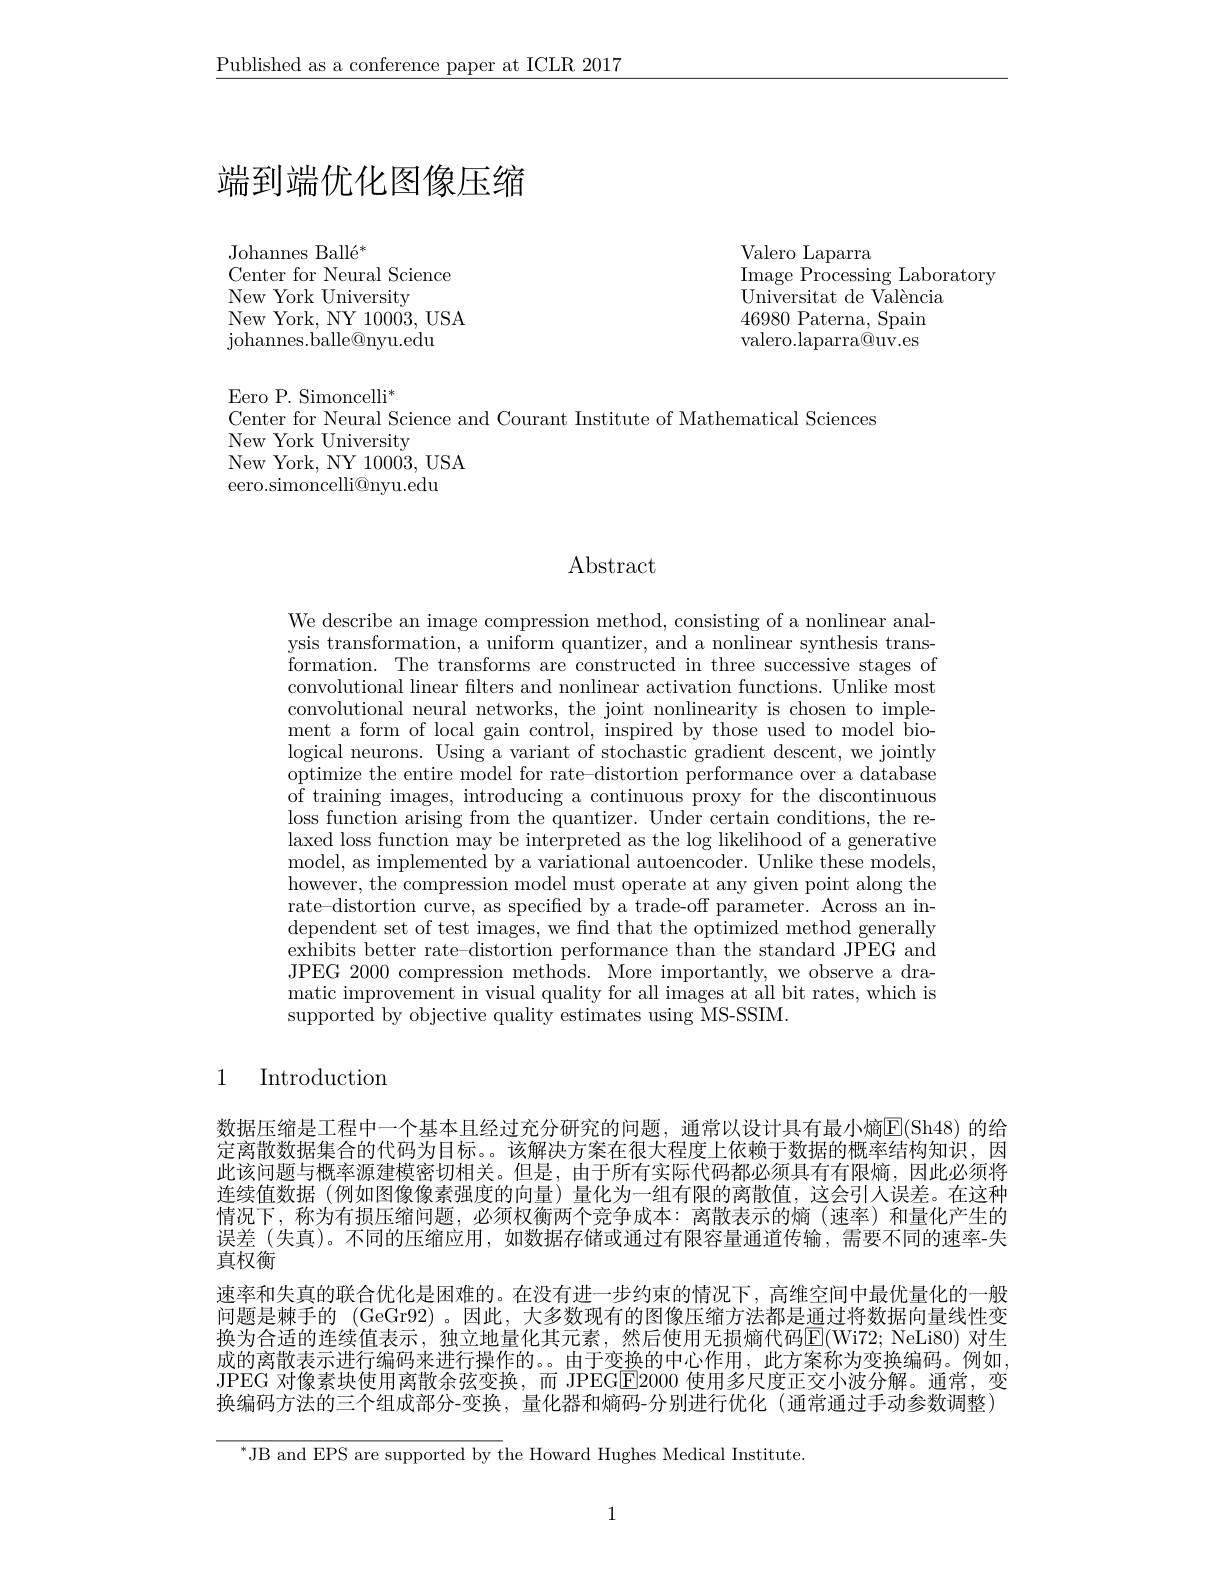
$\underline{\text{Published as a conference paper at ICLR 2017}}$

# 端到端优化图像压缩

Johannes Ballé$^*$
Center for Neural Science
New York University
New York, NY 10003,USA
${\mathrm{johannes.balle@nyu.edu}}$

Valero Laparra
$\operatorname*\mathop{\mathrm{Processing~Laboratory}}$
${\mathrm{Universitat~de~Val\`{e}ncia}}$ 46980 Paterna, Spain valero.laparra$\dot{\textcircled{\mathrm{uv.es}}}$

Eero P. Simoncelli$^*$
Center for Neural Science and Courant Institute of Mathematical Sciences
New York University
New York, NY 10003, USA
eero.simoncelli@nyu.edu

# $\operatorname{Abstract}$

We describe an image compression method, consisting of a nonlinear analysis transformation, a uniform quantizer, and a nonlinear synthesis transformation. The transforms are constructed in three successive stages of convolutional linear filters and nonlinear activation functions. Unlike most convolutional neural networks, the joint nonlinearity is chosen to implement a form of local gain control, inspired by those used to model biological neurons. Using a variant of stochastic gradient descent, we jointly optimize the entire model for rate-distortion performance over a database of training images, introducing a continuous proxy for the discontinuous loss function arising from the quantizer. Under certain conditions, the relaxed loss function may be interpreted as the log likelihood of a generative model, as implemented by a variational autoencoder. Unlike these models, however, the compression model must operate at any given point along the rate-distortion curve, as specified by a trade-off parameter. Across an independent set of test images, we find that the optimized method generally exhibits better rate-distortion performance than the standard JPEG and JPEG 2000 compression methods. More importantly, we observe a dramatic improvement in visual quality for all images at all bit rates, which is supported by objective quality estimates using MS-SSIM.

# 1 Introduction

数据压缩是工程中一个基本且经过充分研究的问题，通常以设计具有最小熵$\overline{\mathrm{E}}($Sh48)的给定离散数据集合的代码为目标。。该解决方案在很大程度上依赖于数据的概率结构知识，因此该问题与概率源建模密切相关。但是，由于所有实际代码都必须具有有限熵，因此必须将连续值数据 (例如图像像素强度的向量)量化为一组有限的离散值，这会引人误差。在这种情况下，称为有损压缩问题，必须权衡两个竞争成本：离散表示的熵(速率)和量化产生的误差 (失真)。不同的压缩应用，如数据存储或通过有限容量通道传输，需要不同的速率-失真权衡
速率和失真的联合优化是困难的。在没有进一步约束的情况下，高维空间中最优量化的一般问题是棘手的 (GeGr92)。因此，大多数现有的图像压缩方法都是通过将数据向量线性变换为合适的连续值表示，独立地量化其元素，然后使用无损熵代码$\overline{\mathrm{E}}($Wi72; NeLi80) 对生成的离散表示进行编码来进行操作的。。由于变换的中心作用，此方案称为变换编码。例如， JPEG 对像素块使用离散余弦变换，而 JPEG$\overline{\mathrm{E}}$2000 使用多尺度正交小波分解。通常，变换编码方法的三个组成部分-变换，量化器和熵码-分别进行优化 (通常通过手动参数调整)

$^{*}$JB and EPS are supported by the Howard Hughes Medical Institute.

1